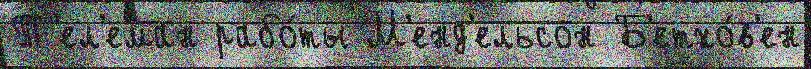
Т'ел'еман рабо́ты М'енд'ельсон Б'етхо́в'ен